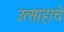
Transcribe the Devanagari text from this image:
उत्‍साहाचे